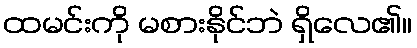
ထမင်းကို မစားနိုင်ဘဲ ရှိလေ၏။